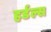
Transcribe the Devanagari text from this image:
हर्डल्स